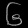
Digit: ၆